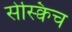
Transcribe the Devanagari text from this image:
सेस्क्विच